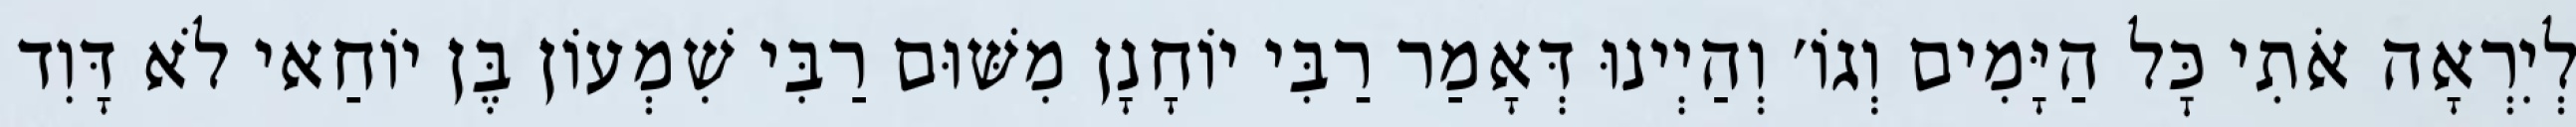
לְיִרְאָה אֹתִי כׇּל הַיָּמִים וְגוֹ׳ וְהַיְינוּ דְּאָמַר רַבִּי יוֹחָנָן מִשּׁוּם רַבִּי שִׁמְעוֹן בֶּן יוֹחַאי לֹא דָּוִד